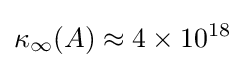
\kappa _{\infty }(A)\approx 4\times 10^{18}